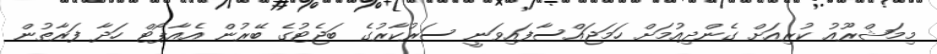
މިމަޝްރޫއު ކުރިއަށް ގެންދިއުމަށް ހަމަޖައްސާފައިވަނީ ސަރުކާރުގެ ބަޖެޓުގެ ބޭރުން އެއާޕޯޓް ހަދާ ފަރާތުން